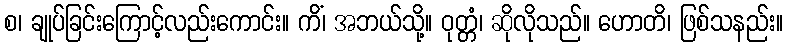
စ၊ ချုပ်ခြင်းကြောင့်လည်းကောင်း။ ကိံ၊ အဘယ်သို့။ ဝုတ္တံ၊ ဆိုလိုသည်။ ဟောတိ၊ ဖြစ်သနည်း။